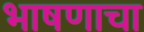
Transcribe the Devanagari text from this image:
भाषणाचा